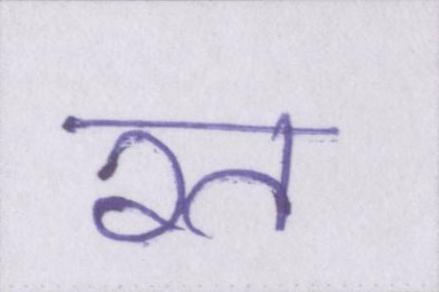
रत